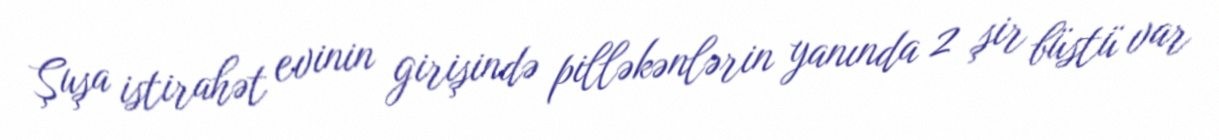
Şuşa istirahət evinin girişində pilləkənlərin yanında 2 şir büstü var